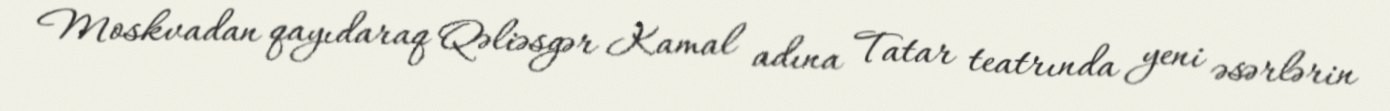
Moskvadan qayıdaraq Qəliəsgər Kamal adına Tatar teatrında yeni əsərlərin